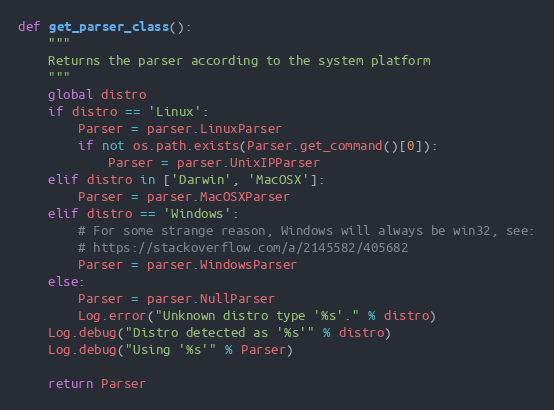
Language: Python
def get_parser_class():
    """
    Returns the parser according to the system platform
    """
    global distro
    if distro == 'Linux':
        Parser = parser.LinuxParser
        if not os.path.exists(Parser.get_command()[0]):
            Parser = parser.UnixIPParser
    elif distro in ['Darwin', 'MacOSX']:
        Parser = parser.MacOSXParser
    elif distro == 'Windows':
        # For some strange reason, Windows will always be win32, see:
        # https://stackoverflow.com/a/2145582/405682
        Parser = parser.WindowsParser
    else:
        Parser = parser.NullParser
        Log.error("Unknown distro type '%s'." % distro)
    Log.debug("Distro detected as '%s'" % distro)
    Log.debug("Using '%s'" % Parser)

    return Parser